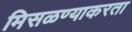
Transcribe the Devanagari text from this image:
मिसळण्याकरता